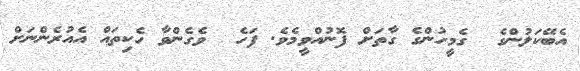
އެބޭކަލުންގެ  ގެމީހުންގެ ގާތަށް ފޮނުއްވީމެވެ. ފަހެ  ވެގެންވާ ހެކިތައް އެއުރެންނަށް